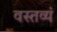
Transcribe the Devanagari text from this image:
वस्तव्यं